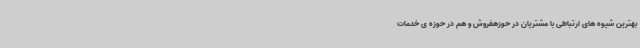
بهترین شیوه های ارتباطی با مشتریان در حوزهفروش و هم در حوزه ی خدمات